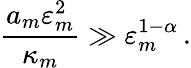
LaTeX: \frac{a_{m}\varepsilon_{m}^{2}}{\kappa_{m}}\gg\varepsilon_{m}^{1-\alpha}\, .